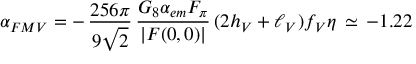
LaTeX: \alpha _ { F M V } = - \, \frac { 2 5 6 \pi } { 9 \sqrt { 2 } } \, \frac { G _ { 8 } \alpha _ { e m } F _ { \pi } } { | F ( 0 , 0 ) | } \, ( 2 h _ { V } + \ell _ { V } ) f _ { V } \eta \, \simeq \, - 1 . 2 2